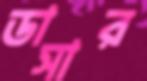
ডাসার